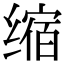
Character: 缩